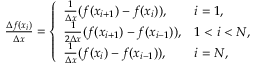
\begin{array} { r } { \frac { \Delta f ( x _ { i } ) } { \Delta x } = \left\{ \begin{array} { l l } { \frac { 1 } { \Delta x } ( f ( x _ { i + 1 } ) - f ( x _ { i } ) ) , } & { i = 1 , } \\ { \frac { 1 } { 2 \Delta x } ( f ( x _ { i + 1 } ) - f ( x _ { i - 1 } ) ) , } & { 1 < i < N , } \\ { \frac { 1 } { \Delta x } ( f ( x _ { i } ) - f ( x _ { i - 1 } ) ) , } & { i = N , } \end{array} \right. } \end{array}